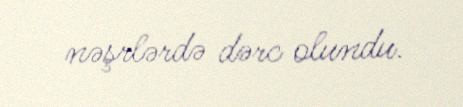
nəşrlərdə dərc olundu.